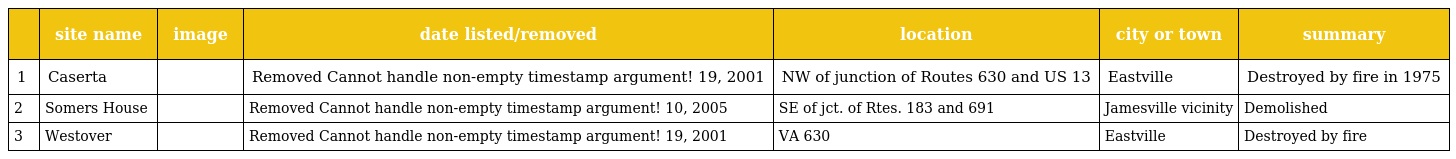
|  | site name | image | date listed/removed | location | city or town | summary |
 | --- | --- | --- | --- | --- | --- | --- |
 | 1 | Caserta |  | Removed Cannot handle non-empty timestamp argument! 19, 2001 | NW of junction of Routes 630 and US 13 | Eastville | Destroyed by fire in 1975 |
 | 2 | Somers House |  | Removed Cannot handle non-empty timestamp argument! 10, 2005 | SE of jct. of Rtes. 183 and 691 | Jamesville vicinity | Demolished |
 | 3 | Westover |  | Removed Cannot handle non-empty timestamp argument! 19, 2001 | VA 630 | Eastville | Destroyed by fire |